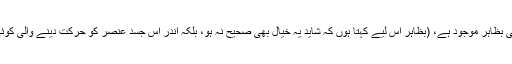
اس لیے اگرچہ قدرت قانونِ اسلام جاری کرنے کی بظاہر موجود ہے، (بظاہر اس لیے کہتا ہوں کہ شاید یہ خیال بھی صحیح نہ ہو، بلکہ اندر اس جسدِ عنصر کو حرکت دینے والی کوئی خارجی روح مخفی ہو، جو ہمیں نظر نہ آتی ہو۔